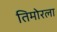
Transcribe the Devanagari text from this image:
तिमोरला